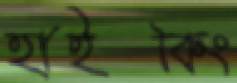
হাইকিং